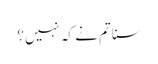
سنا تم نے کہ نہیں؟